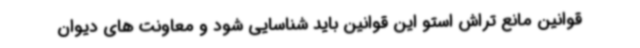
قوانین مانع تراش استو این قوانین باید شناسایی شود و معاونت های دیوان